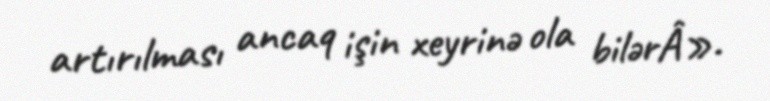
artırılması ancaq işin xeyrinə ola bilərÂ».